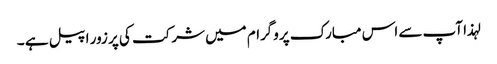
لہذا آپ سے اس مبارک پروگرام میں شرکت کی پر زور اپیل ہے ۔